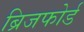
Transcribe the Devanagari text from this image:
ब्रिजफोर्ड